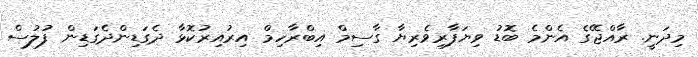
މިދަނީ. ރާއްޖޭގެ އެންމެ ބޮޑު ވިޔަފާރިވެރިޔާ ގާސިމް އިބްރާހިމް އިރުއިރުކޮޅާ ދެގަޑިންދެގަޑިން ފުލުސް